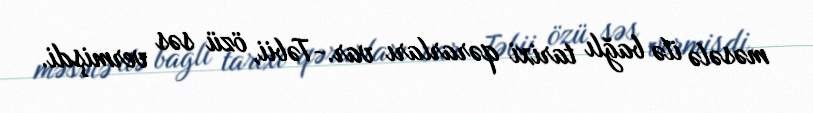
məsələ ilə bağlı tarixi qərarları var.-Təbii, özü səs vermişdi.